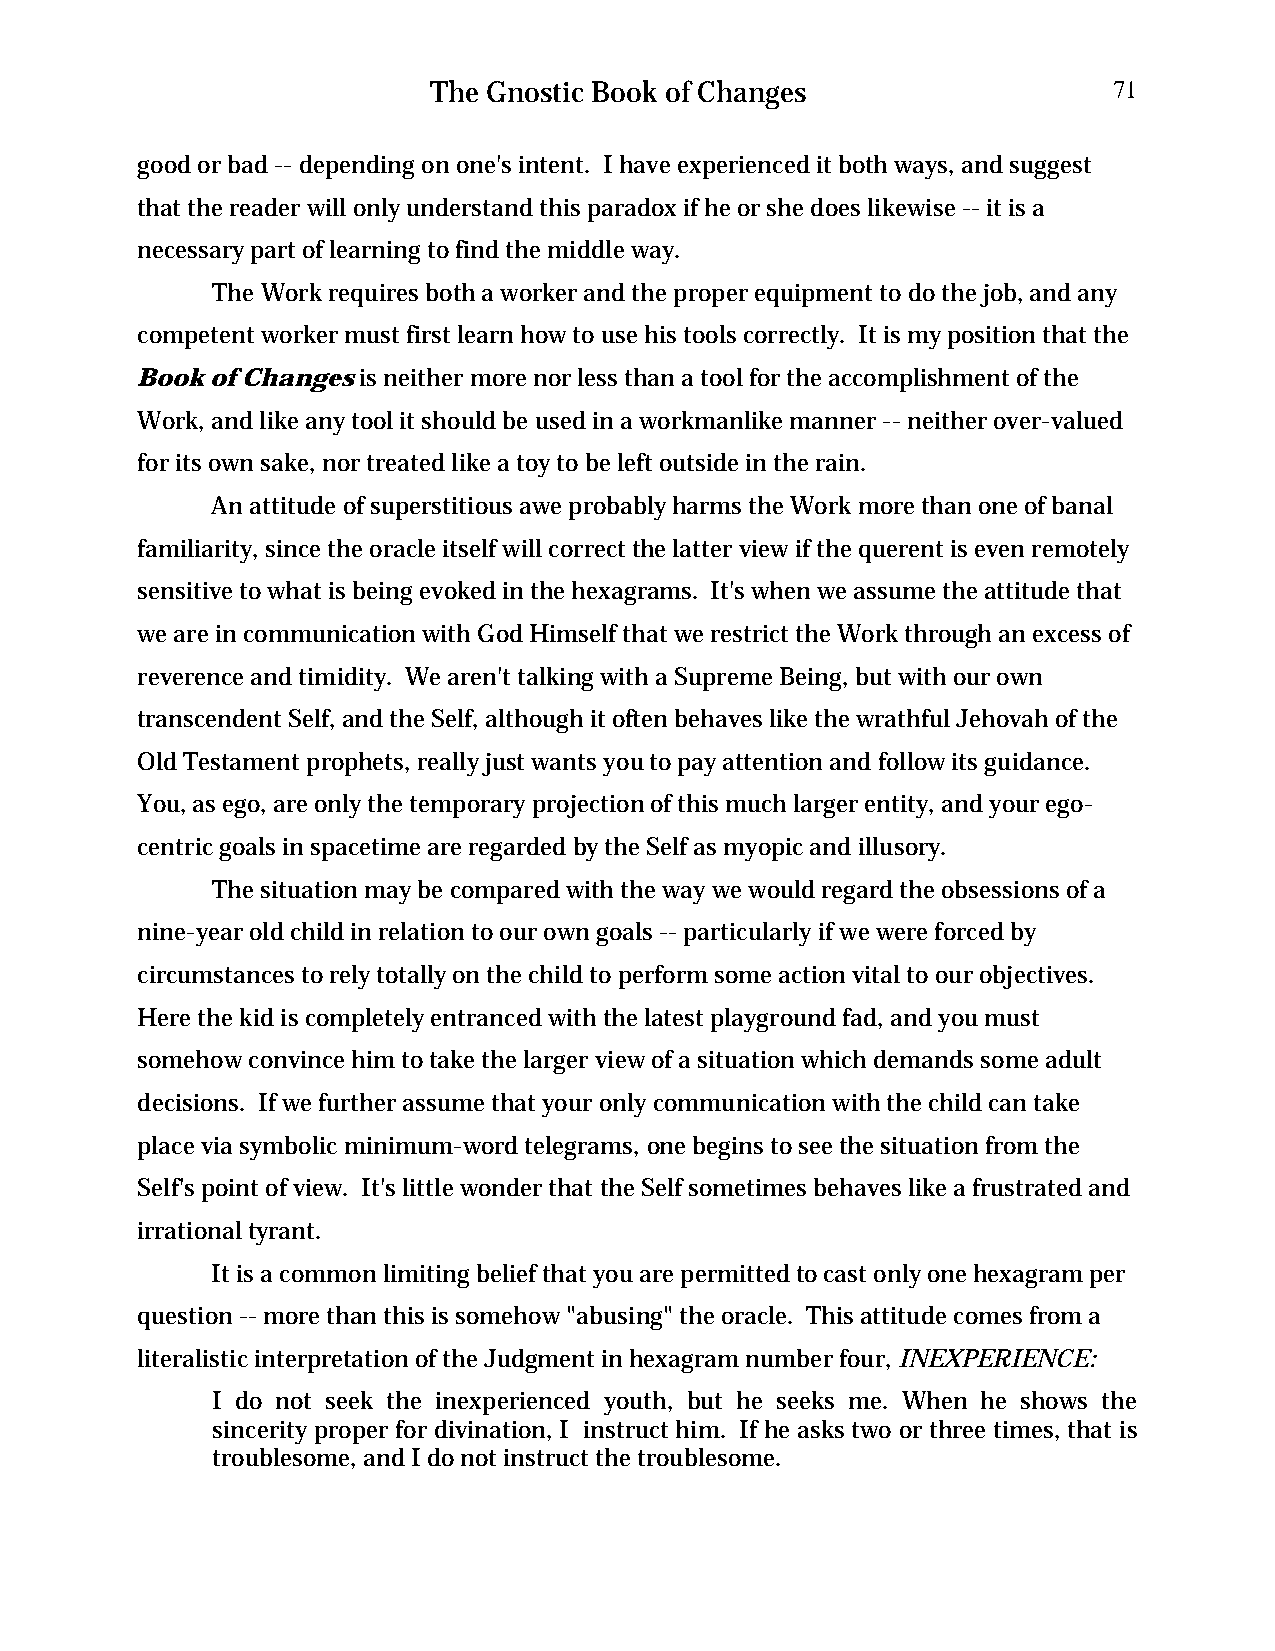
The Gnostic Book of Changes                  71
 good or bad -- depending on one's intent. I have experienced it both ways, and suggest
 that the reader will only understand this paradox if he or she does likewise -- it is a
 necessary part of learning to find the middle way.
 The Work requires both a worker and the proper equipment to do the job, and any
 competent worker must first learn how to use his tools correctly. It is my position that the
 Book of Changes is neither more nor less than a tool for the accomplishment of the
 Work, and like any tool it should be used in a workmanlike manner -- neither over-valued
 for its own sake, nor treated like a toy to be left outside in the rain.
 An attitude of superstitious awe probably harms the Work more than one of banal
 familiarity, since the oracle itself will correct the latter view if the querent is even remotely
 sensitive to what is being evoked in the hexagrams. It's when we assume the attitude that
 we are in communication with God Himself that we restrict the Work through an excess of
 reverence and timidity. We aren't talking with a Supreme Being, but with our own
 transcendent Self, and the Self, although it often behaves like the wrathful Jehovah of the
 Old Testament prophets, really just wants you to pay attention and follow its guidance.
 You, as ego, are only the temporary projection of this much larger entity, and your ego-
 centric goals in spacetime are regarded by the Self as myopic and illusory.
 The situation may be compared with the way we would regard the obsessions of a
 nine-year old child in relation to our own goals -- particularly if we were forced by
 circumstances to rely totally on the child to perform some action vital to our objectives.
 Here the kid is completely entranced with the latest playground fad, and you must
 somehow convince him to take the larger view of a situation which demands some adult
 decisions. If we further assume that your only communication with the child can take
 place via symbolic minimum-word telegrams, one begins to see the situation from the
 Self's point of view. It's little wonder that the Self sometimes behaves like a frustrated and
 irrational tyrant.
 It is a common limiting belief that you are permitted to cast only one hexagram per
 question -- more than this is somehow "abusing" the oracle. This attitude comes from a
 literalistic interpretation of the Judgment in hexagram number four, INEXPERIENCE:
 I do not seek the inexperienced youth, but he seeks me. When he shows the
 sincerity proper for divination, I instruct him. If he asks two or three times, that is
 troublesome, and I do not instruct the troublesome.